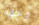
وجهة